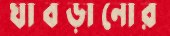
ঘাবড়ানোর